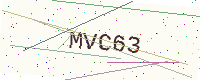
Text: MVC63